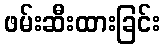
ဖမ်းဆီးထားခြင်း